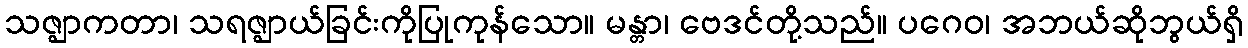
သဇ္ဈာကတာ၊ သရဇ္ဈာယ်ခြင်းကိုပြုကုန်သော။ မန္တာ၊ ဗေဒင်တို့သည်။ ပဂေဝ၊ အဘယ်ဆိုဘွယ်ရှိ